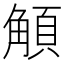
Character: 𩓅